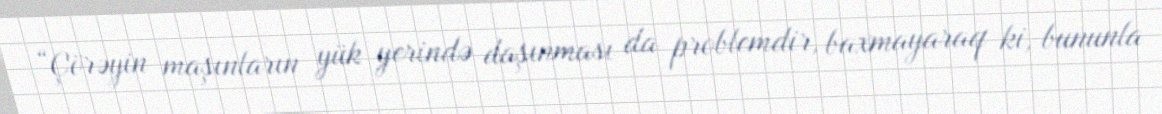
“Çörəyin maşınların yük yerində daşınması da problemdir, baxmayaraq ki, bununla